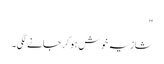
"
شازیہ خوش ہو کر جانے لگی۔